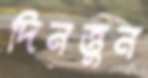
দিনত্তুন